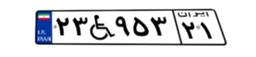
۲۳W۹۵۳۲۱